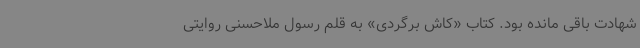
شهادت باقی مانده بود. کتاب «کاش برگردی» به قلم رسول ملاحسنی روایتی